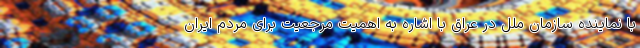
با نماینده سازمان ملل در عراق با اشاره به اهمیت مرجعیت برای مردم ایران